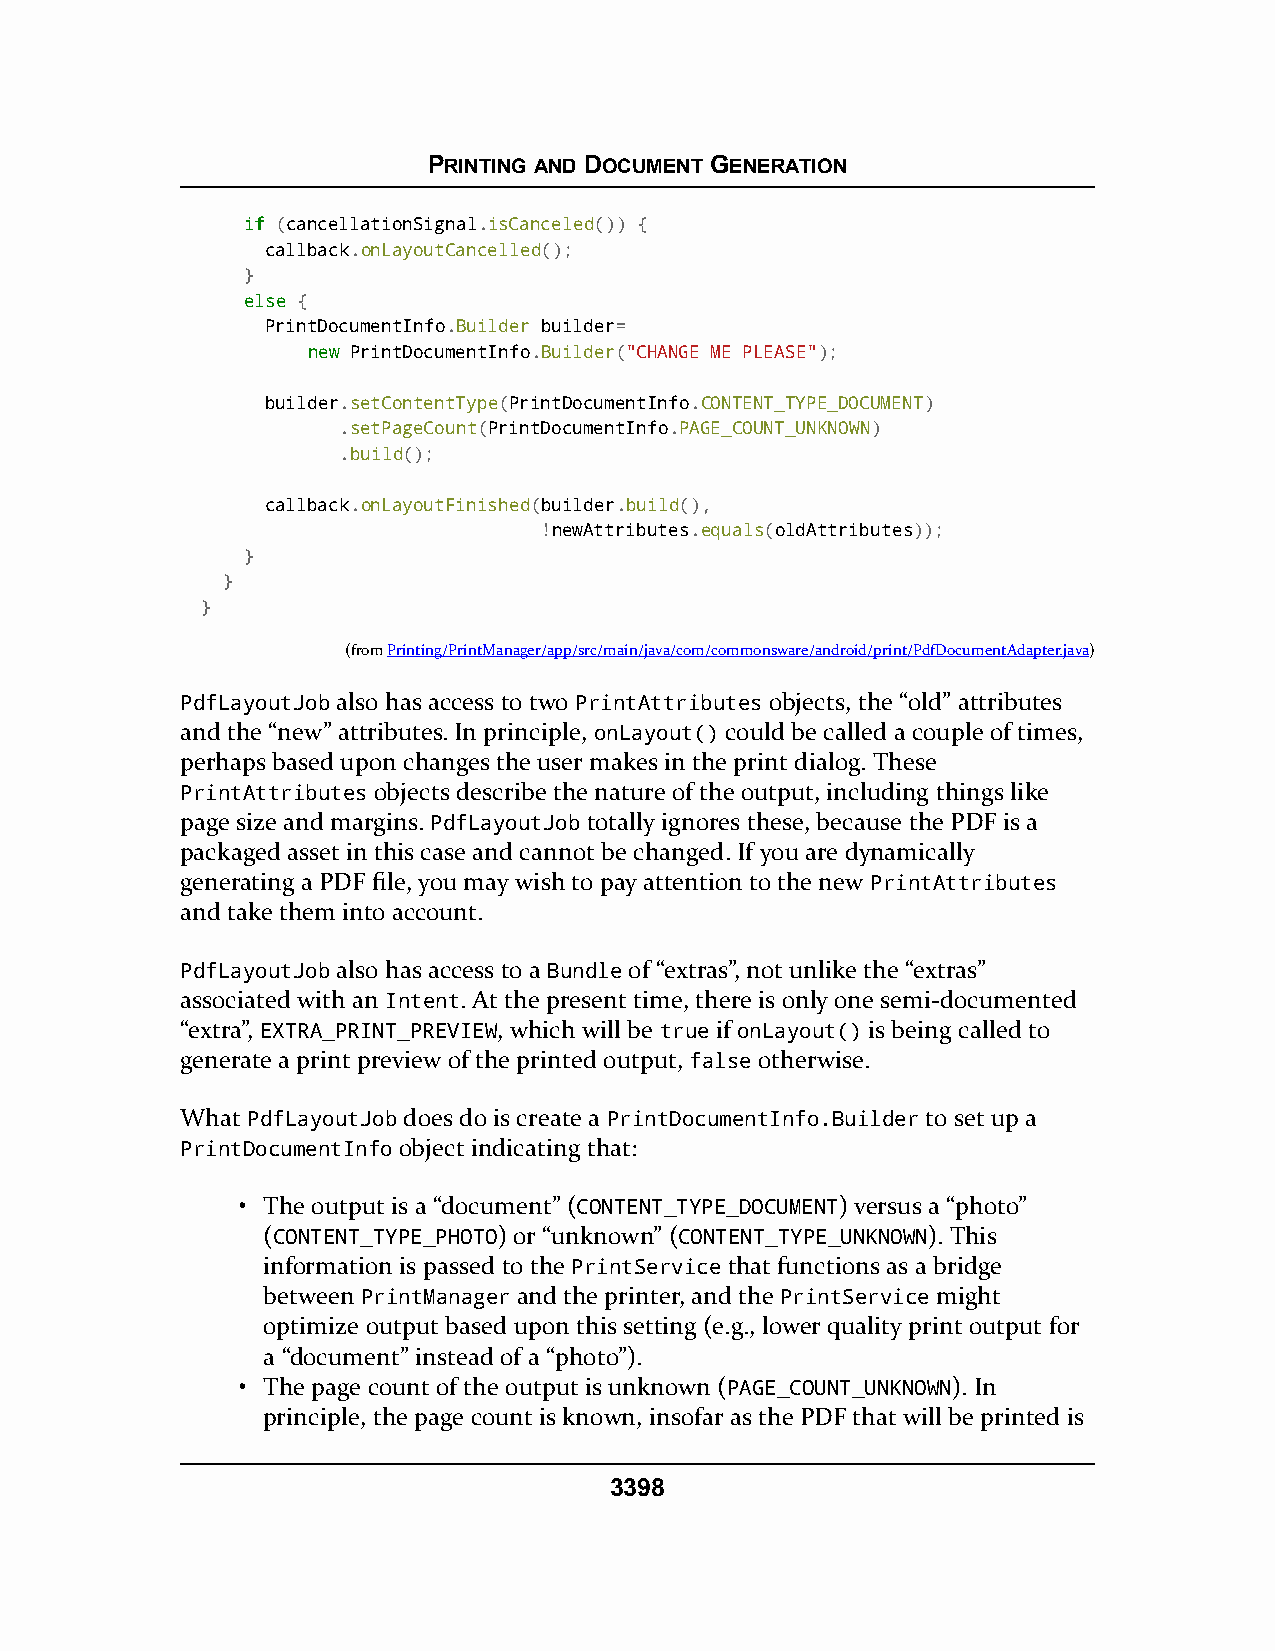
PRINTING AND DOCUMENT GENERATION
 iiff (cancellationSignal.isCanceled()) {
 callback.onLayoutCancelled();
 }
 eellssee {
 PrintDocumentInfo.Builder builder=
 nneeww PrintDocumentInfo.Builder("CHANGE ME PLEASE");
 builder.setContentType(PrintDocumentInfo.CONTENT_TYPE_DOCUMENT)
 .setPageCount(PrintDocumentInfo.PAGE_COUNT_UNKNOWN)
 .build();
 callback.onLayoutFinished(builder.build(),
 !newAttributes.equals(oldAttributes));
 }
 }
 }
 (fromPrinting/PrintManager/app/src/main/java/com/commonsware/android/print/PdfDocumentAdapter.java)
 PdfLayoutJob also has access to two PrintAttributes objects, the “old” attributes
 and the “new” attributes. In principle, onLayout() could be called a couple of times,
 perhaps based upon changes the user makes in the print dialog. These
 PrintAttributes objects describe the nature of the output, including things like
 page size and margins. PdfLayoutJob totally ignores these, because the PDF is a
 packaged asset in this case and cannot be changed. If you are dynamically
 generating a PDF file, you may wish to pay attention to the new PrintAttributes
 and take them into account.
 PdfLayoutJob also has access to a Bundle of “extras”, not unlike the “extras”
 associated with an Intent. At the present time, there is only one semi-documented
 “extra”, EXTRA_PRINT_PREVIEW, which will be true if onLayout() is being called to
 generate a print preview of the printed output, false otherwise.
 What PdfLayoutJob does do is create a PrintDocumentInfo.Builder to set up a
 PrintDocumentInfo object indicating that:
 • The output is a “document” (CONTENT_TYPE_DOCUMENT) versus a “photo”
 (CONTENT_TYPE_PHOTO) or “unknown” (CONTENT_TYPE_UNKNOWN). This
 information is passed to the PrintService that functions as a bridge
 between PrintManager and the printer, and the PrintService might
 optimize output based upon this setting (e.g., lower quality print output for
 a “document” instead of a “photo”).
 • The page count of the output is unknown (PAGE_COUNT_UNKNOWN). In
 principle, the page count is known, insofar as the PDF that will be printed is
 3398